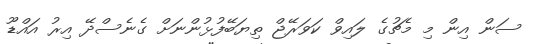
ސަން އިން މި މެޗުގެ ލައިވް ކަވަރޭޖް ތިޔަބޭފުޅުންނަށް ގެނެސްދޭ އިރު އައްޑޫ